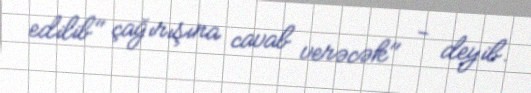
edilib" çağırışına cavab verəcək" - deyib.